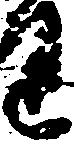
り